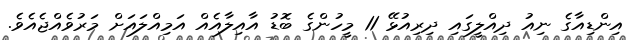
އިންޑިއާގެ ނިއު ދިއްލީގައި ދިރިއުޅޭ 11 މީހުންގެ ބޮޑު އާއިލާއެއް އަމިއްލައަށް މަރުވެއްޖެއެވެ.